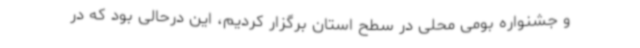
و جشنواره بومی محلی در سطح استان برگزار کردیم، این درحالی بود که در